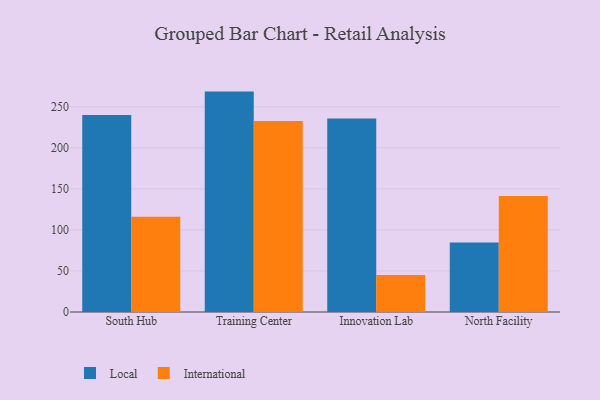
{"axis": {"x": "Campus", "y": "Production Output"}, "legend": ["International", "Local"], "data": [{"x": "South Hub", "y": 240.1, "type": "Local"}, {"x": "South Hub", "y": 116.2, "type": "International"}, {"x": "Training Center", "y": 268.6, "type": "Local"}, {"x": "Training Center", "y": 232.9, "type": "International"}, {"x": "Innovation Lab", "y": 235.9, "type": "Local"}, {"x": "Innovation Lab", "y": 45.0, "type": "International"}, {"x": "North Facility", "y": 84.8, "type": "Local"}, {"x": "North Facility", "y": 141.5, "type": "International"}]}